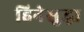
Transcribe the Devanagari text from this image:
हिनेसुद्धा